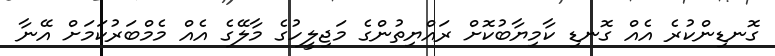
ގޮނޑިންކުރެ އެއް ގޮނޑި ކާމިޔާބުކޮށް ރައްޔިތުންގެ މަޖިލީހުގެ މާލޭގެ އެއް މެމްބަރުކަމަށް އޭނާ